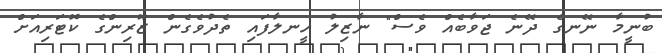
ބުނީމާ ނޭނގެ ދޭނެ ޖަވާބެއް ވެސް" ނާޒިލު ހީނލާފައި ތެދުވެގެން ޒޫރިންގެ ކޮޓަރިއަށް